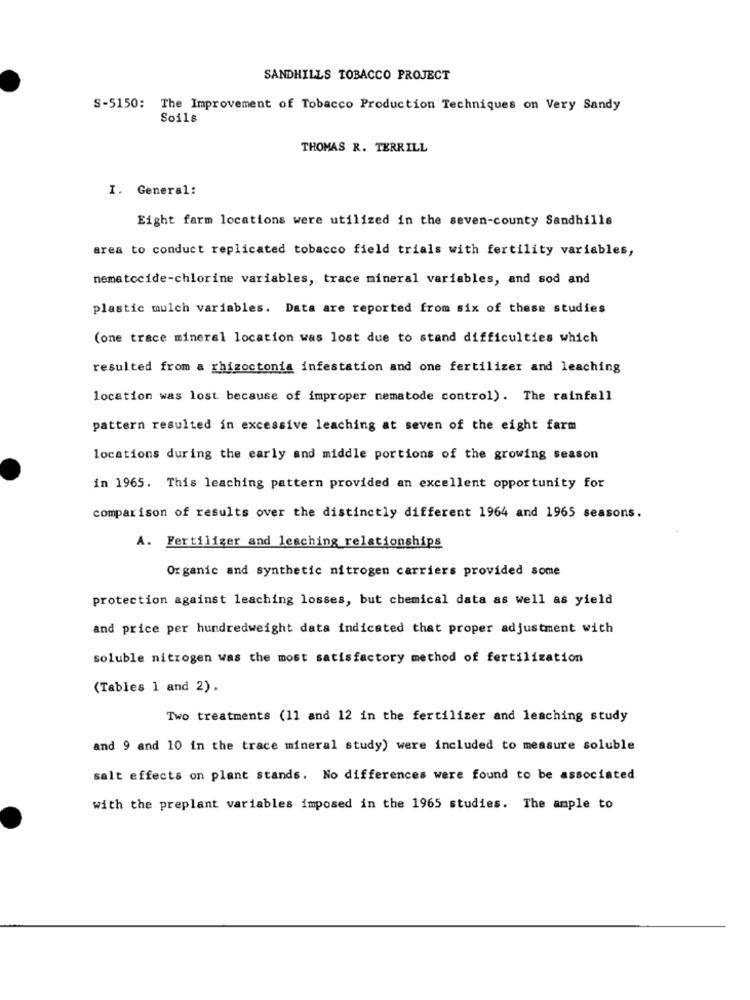
SANDHILLS TOBACCO PROJECT
S-5150: The Improvement of Tobacco Production Techniques on Very Sandy
Soils
THOMAS R. TERRILL
I. General:
Eight farm locations were utilized in the seven-county Sandhills
area to conduct replicated tobacco field trials with fertility variables,
nematocide-chlorine variables, trace mineral variables, and sod and
plastic mulch variables. Data are reported from six of these studies
(one trace mineral location was lost due to stand difficulties which
resulted from a rhizoctonia infestation and one fertilizer and leaching
location was lost because of improper nematode control). The rainfall
pattern resulted in excessive leaching at seven of the eight farm
locations during the early and middle portions of the growing season
in 1965. This leaching pattern provided an excellent opportunity for
comparison of results over the distinctly different 1964 and 1965 seasons.
A. Fertilizer and lesching relationships
Organic and synthetic nitrogen carriers provided some
protection against leaching losses, but chemical data as well as yield
and price per hundredweight data indicated that proper adjustment with
soluble nitrogen was the most satisfactory method of fertilization
(Tables 1 and 2).
Two treatments (11 and 12 in the fertilizer and leaching study
and 9 and 10 in the trace mineral study) were included to measure soluble
salt effects on plant stands. No differences were found to be associated
with the preplant variables imposed in the 1965 studies. The ample to